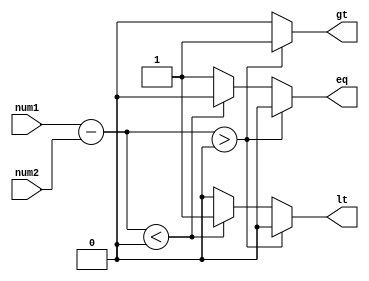
module magnitude_comparator (
    input [7:0] num1, // 8-bit input number 1
    input [7:0] num2, // 8-bit input number 2
    output reg gt,    // Output indicating num1 > num2
    output reg lt,    // Output indicating num1 < num2
    output reg eq     // Output indicating num1 = num2
);

reg [7:0] diff;

always @(num1 or num2) begin
    diff = num1 - num2;

    if (diff > 0) begin
        gt = 1;
        lt = 0;
        eq = 0;
    end else if (diff < 0) begin
        gt = 0;
        lt = 1;
        eq = 0;
    end else begin
        gt = 0;
        lt = 0;
        eq = 1;
    end
end

endmodule